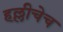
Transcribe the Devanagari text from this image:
हल्लीचेच